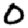
Digit: 0